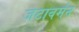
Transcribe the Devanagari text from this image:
जटावर्मन